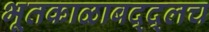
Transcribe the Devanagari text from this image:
भूतकाळाबद्द्लच